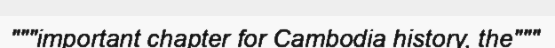
"""important chapter for Cambodia history, the"""